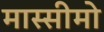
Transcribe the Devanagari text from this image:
मास्सीमो